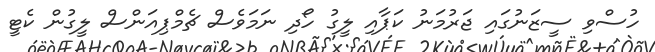
ހުސްވި ސީޒަނުގައި ޖަރުމަނު ކަޕާއި ލީގު ހޯދި ނަމަވެސް ޗެމްޕިއަންސް ލީގުން ކެޓީ